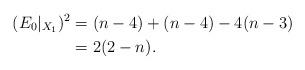
LaTeX: \begin{align*}(E_0|_{X_1})^2 &= (n-4) + (n-4) -4(n-3) \\&= 2(2-n).\end{align*}